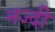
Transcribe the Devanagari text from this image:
नज्दी